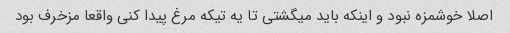
اصلا خوشمزه نبود و اینکه باید میگشتی تا یه تیکه مرغ پیدا کنی واقعا مزخرف بود